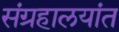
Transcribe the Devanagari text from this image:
संग्रहालयांत